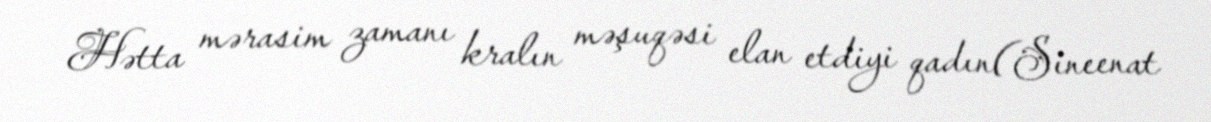
Hətta mərasim zamanı kralın məşuqəsi elan etdiyi qadın(Sineenat